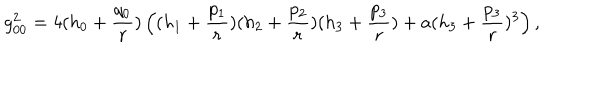
g _ { 0 0 } ^ { 2 } = 4 ( h _ { 0 } + { \frac { q _ { 0 } } { r } } ) \left( ( h _ { 1 } + { \frac { p _ { 1 } } { r } } ) ( h _ { 2 } + { \frac { p _ { 2 } } { r } } ) ( h _ { 3 } + { \frac { p _ { 3 } } { r } } ) + a ( h _ { 3 } + { \frac { p _ { 3 } } { r } } ) ^ { 3 } \right) ,